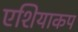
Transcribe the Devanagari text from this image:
एशियाकप